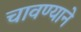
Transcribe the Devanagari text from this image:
चावण्याने